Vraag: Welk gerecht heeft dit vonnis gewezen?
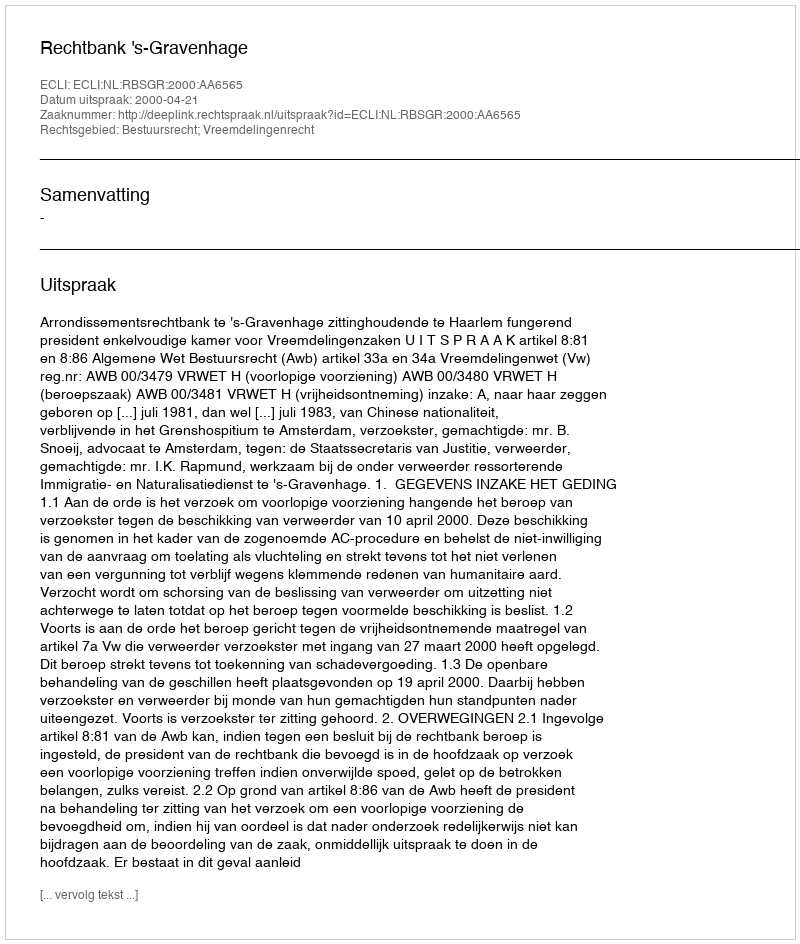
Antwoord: Rechtbank 's-Gravenhage